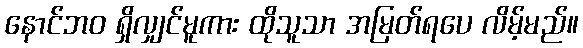
နောင်ဘဝ ရှိလျှင်မူကား ထိုသူသာ အမြတ်ရပေ လိမ့်မည်။